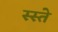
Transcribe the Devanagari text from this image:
स्स्ते